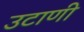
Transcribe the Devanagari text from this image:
उटाणी